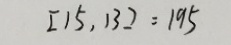
[ 1 5 , 1 3 ] = 1 9 5